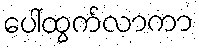
ပေါ်ထွက်လာကာ